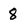
Character: 8